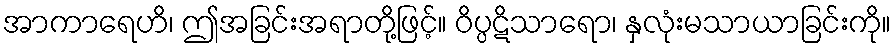
အာကာရေဟိ၊ ဤအခြင်းအရာတို့ဖြင့်။ ဝိပ္ပဋိသာရော၊ နှလုံးမသာယာခြင်းကို။